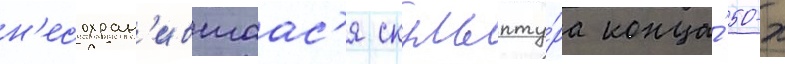
н'есохран'ившаас'я скульпту́ра конца́ 50-х